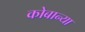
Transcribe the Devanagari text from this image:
कोबान्या